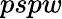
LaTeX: pspw